Report on malaria in the Punjab during the year ...  together with an account of the work of the Punjab Malaria Bureau - Volume 4
Disease focus: Malaria
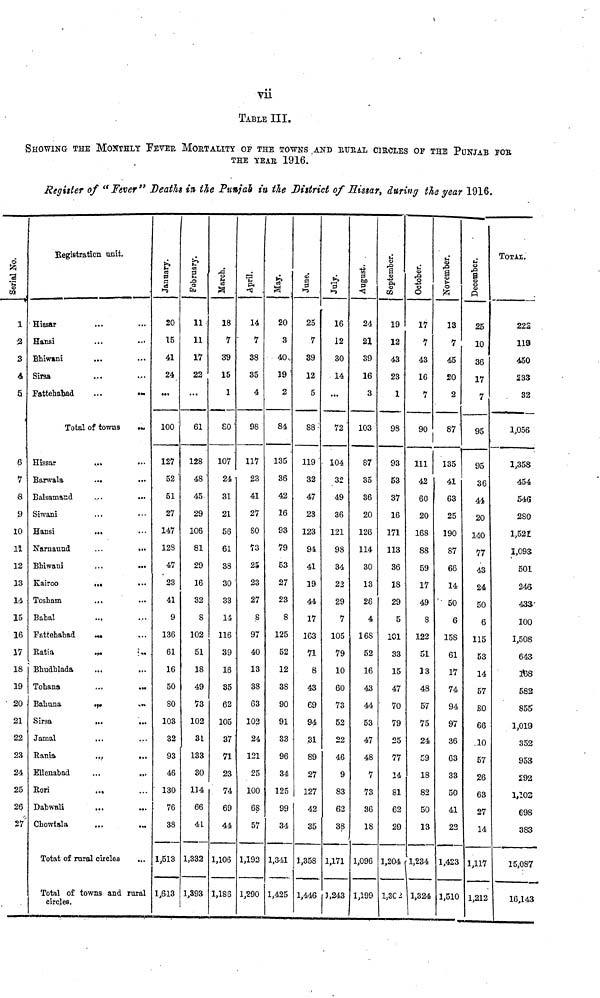
vii
TABLE III.
SHOWING THE MONTHLY FEVER, MORTALITY OF THE TOWNS .AND RURAL CIRCLES OF THE PUNJAB FOR
THE YEAR 1916.
Register of "Fever" Deaths in the Punjab in tie District of Eissar, during the year 1916.
Serial No.
2
3
4
5
6
7
8
9
10
n
12
13
14
15
16
17
18
19
20
21
22
23
24
25
26
27"
Registration unit.
Hissar
Hansi
...
...
Bhiwsni
...
Sirsa
Fattehabad
Total of towns
...
Hissar
...
•••
Barwala
...
•••
Balsamand
Siwani
Hansi
...
Narnaund
...
...
Bhiwani
Kairoo
,.,
Tosham
...
...
Babal
...
Fattehabad
...
Ratia
....
...
Bhudhlada
Tohana
...
...
Bahuna
...
...
Sirsa
...
...
Jamal
Rania
...
...
Ellenabad
...
...
Rori
Dabwali
Chowtala
...
...
Totat of rural circles
Total of towns and rural
circles.
January.
20
15
41
24
...
100
127
52
51
27
147
128
47
23
41
9
136
61
16
50
80
103
32
93
46
130
76
38
1,513
1,613
February.
11
11
17
22
...
61
128
48 '
45
29
106
81
29
16
32
8
102
51
18
49
73
102
31
133
30
114
66
4L
1,332
1,393
March.
18
7
39
15
1
80
107
24
31
21
56
61
38
30
33
14
116
39
16
35
62
105
37
71
23
74
69
44
1,106
1,186
April.
14
7
38
35
4
98
117
23
41
27
80
73
25
23
27
8
97
40
13
38
63
102
24
121
25
100
68
57
1,192
1,290
May.
20
3
40.
19
2
84
135
36
42
16
93
79
53
27
23
8
125
52
12
38
90
91
33
96
34
125
99
34
1,341
1,425
June.
25
7
39
12
5
88 :
119
32
47
23
123
94
41
19
44
17
163
71
8
43
69
94
.31
89
27
127
42
35
1,358
1,446
July.
16
12
30
14
...
72'
104
32
49
36
121
98
34
22
29
7
105
79
10
60
73
52
22
46
9
83
62
38
1,171
1,243
August. .
24
21
39
16
3
103
87
35
36
20
126
114
30
13
26
4
168
52
16
43
44
53
47
48
7
73
36
18
1,096
1,199
¡ September.
19
12
43
23
1
98
93
53
37
16
171
113
36
18
29
5
101
33
15
47
70
79
25
77
14
81
62
29
1,204
1,302
October.
17
7
43
16
7
90
111
42
60
20
168
88
59
17
49
8
122
51
13
48
57
75
24
59
18
82
50
13
1,234
1,324
November.
13
7
45
20
2
87
135
41
63
25
190
87
66
14
'• 50
6
158
61
17
74
94
97
36
63
33
50
41
22
1,423
1,510
December.
25
10
36
17
7
95
95
36
44
20
140
77
43
24
50
6
115
53
14
57
80
66
.10
57
26
63
27
14
1,117
1,212
TOTAL
222
119
450
233
32
1,056
1,358
454
546
280
1,521
1,093
501
246
433'
100
1,508
643
168
582
855
1,019
352
953
292
1,102
698
383
15,087
16,143